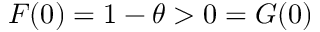
F ( 0 ) = 1 - \theta > 0 = G ( 0 )